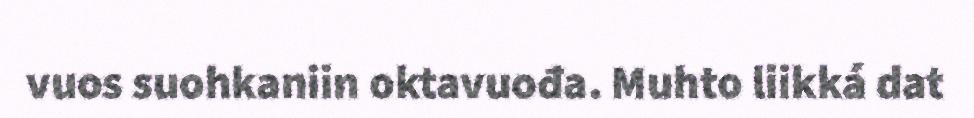
vuos suohkaniin oktavuođa. Muhto liikká dat